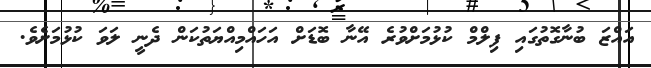
އައްޒަ ބުނާގޮތުގައި ފިލްމް ކުޅުމަށްވުރެ އޭނާ ބޮޑަށް އަހައްމިއްޔަތުކަން ދެނީ ލަވަ ކުޅުމަށެވެ.